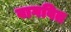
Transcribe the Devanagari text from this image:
वागवित